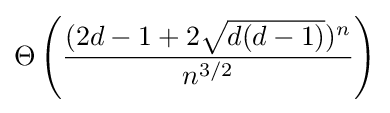
\Theta \left({\frac {(2d-1+2{\sqrt {d(d-1)}})^{n}}{n^{3/2}}}\right)